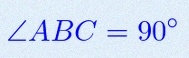
\angle ABC=90^\circ